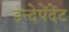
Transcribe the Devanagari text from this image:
इन्देपेंदेंट